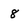
Character: 8